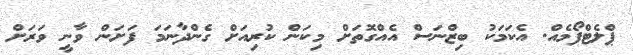
ޕްލެޓްފޯމެއް. އެކަމަކު ބިޒްނަސް އެއްގޮތަށް މިކަން ކުރިއަށް ގެންދާނަމަ ފަށަން ވާނީ ވަރަށް